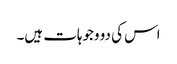
اس کی دو وجوہات ہیں۔